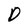
Character: D